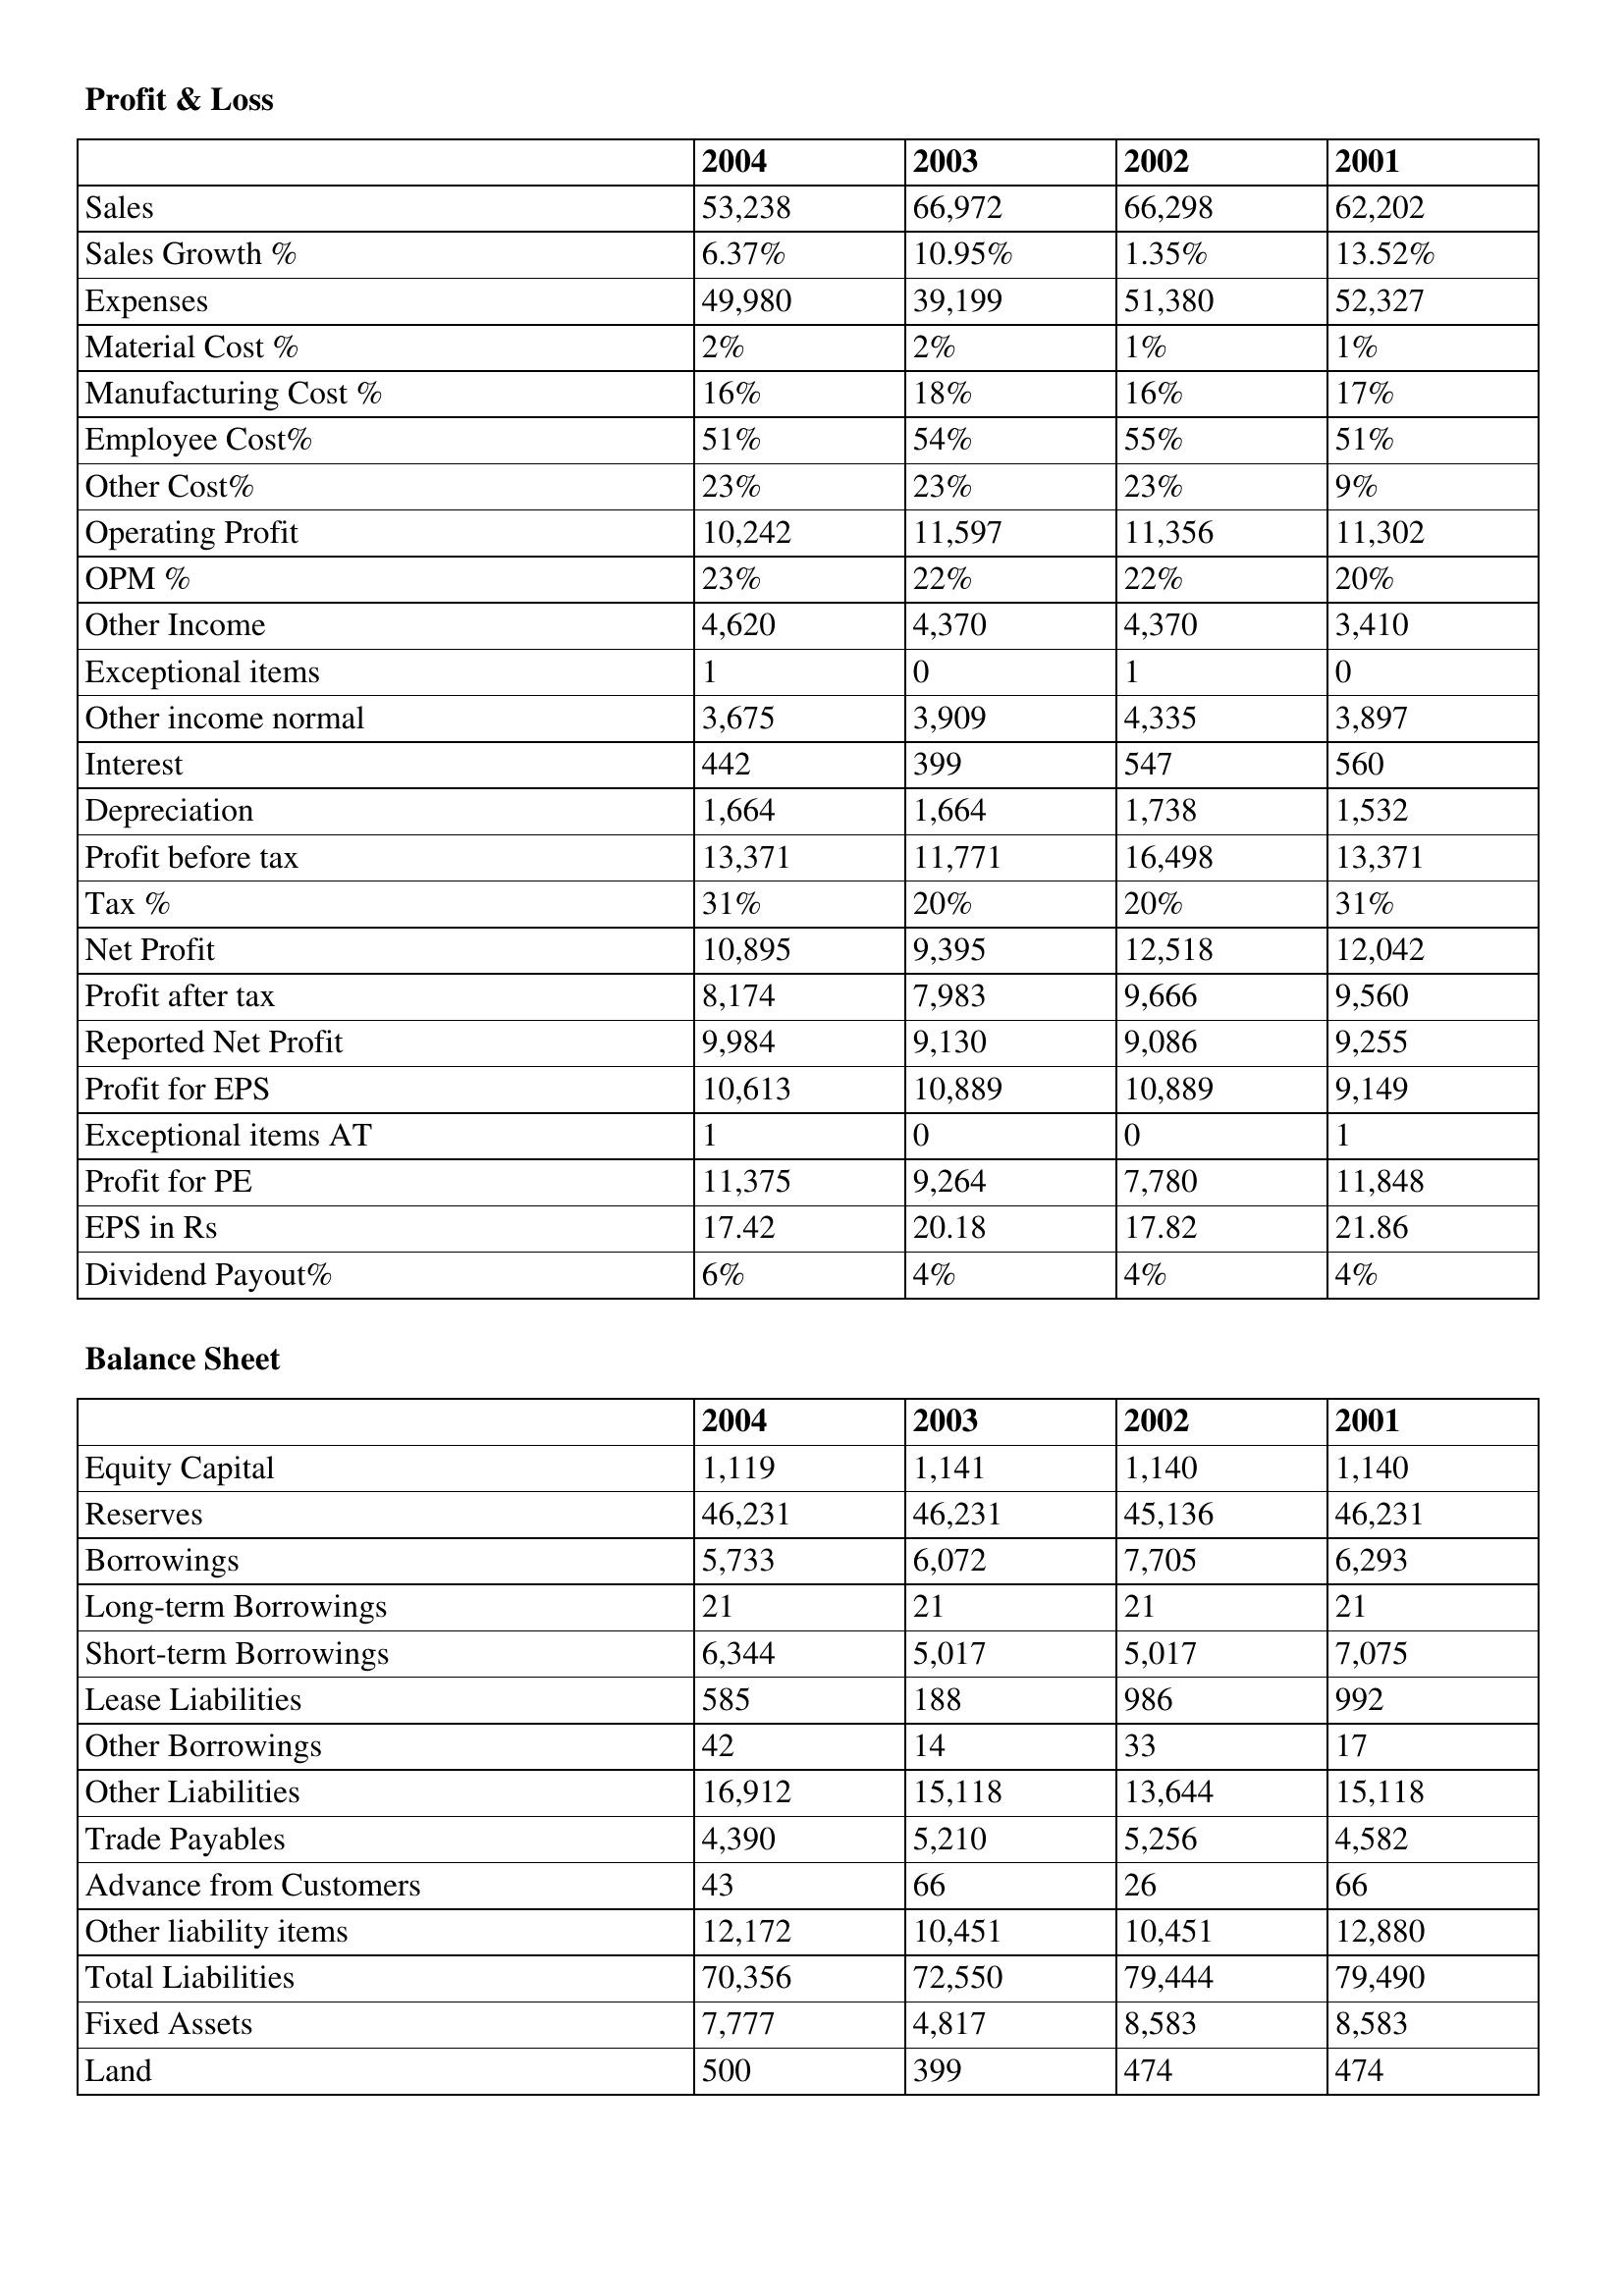
gt_parse: 2004: Profit & Loss: Sales: 53,238
Sales Growth %: 6.37%
Expenses: 49,980
Material Cost %: 2%
Manufacturing Cost %: 16%
Employee Cost%: 51%
Other Cost%: 23%
Operating Profit: 10,242
OPM %: 23%
Other Income: 4,620
Exceptional items: 1
Other income normal: 3,675
Interest: 442
Depreciation: 1,664
Profit before tax: 13,371
Tax %: 31%
Net Profit: 10,895
Profit after tax: 8,174
Reported Net Profit: 9,984
Profit for EPS: 10,613
Exceptional items AT: 1
Profit for PE: 11,375
EPS in Rs: 17.42
Dividend Payout%: 6%
Balance Sheet: Equity Capital: 1,119
Reserves: 46,231
Borrowings: 5,733
Long-term Borrowings: 21
Short-term Borrowings: 6,344
Lease Liabilities: 585
Other Borrowings: 42
Other Liabilities: 16,912
Trade Payables: 4,390
Advance from Customers: 43
Other liability items: 12,172
Total Liabilities: 70,356
Fixed Assets: 7,777
Land: 500
2003: Profit & Loss: Sales: 66,972
Sales Growth %: 10.95%
Expenses: 39,199
Material Cost %: 2%
Manufacturing Cost %: 18%
Employee Cost%: 54%
Other Cost%: 23%
Operating Profit: 11,597
OPM %: 22%
Other Income: 4,370
Exceptional items: 0
Other income normal: 3,909
Interest: 399
Depreciation: 1,664
Profit before tax: 11,771
Tax %: 20%
Net Profit: 9,395
Profit after tax: 7,983
Reported Net Profit: 9,130
Profit for EPS: 10,889
Exceptional items AT: 0
Profit for PE: 9,264
EPS in Rs: 20.18
Dividend Payout%: 4%
Balance Sheet: Equity Capital: 1,141
Reserves: 46,231
Borrowings: 6,072
Long-term Borrowings: 21
Short-term Borrowings: 5,017
Lease Liabilities: 188
Other Borrowings: 14
Other Liabilities: 15,118
Trade Payables: 5,210
Advance from Customers: 66
Other liability items: 10,451
Total Liabilities: 72,550
Fixed Assets: 4,817
Land: 399
2002: Profit & Loss: Sales: 66,298
Sales Growth %: 1.35%
Expenses: 51,380
Material Cost %: 1%
Manufacturing Cost %: 16%
Employee Cost%: 55%
Other Cost%: 23%
Operating Profit: 11,356
OPM %: 22%
Other Income: 4,370
Exceptional items: 1
Other income normal: 4,335
Interest: 547
Depreciation: 1,738
Profit before tax: 16,498
Tax %: 20%
Net Profit: 12,518
Profit after tax: 9,666
Reported Net Profit: 9,086
Profit for EPS: 10,889
Exceptional items AT: 0
Profit for PE: 7,780
EPS in Rs: 17.82
Dividend Payout%: 4%
Balance Sheet: Equity Capital: 1,140
Reserves: 45,136
Borrowings: 7,705
Long-term Borrowings: 21
Short-term Borrowings: 5,017
Lease Liabilities: 986
Other Borrowings: 33
Other Liabilities: 13,644
Trade Payables: 5,256
Advance from Customers: 26
Other liability items: 10,451
Total Liabilities: 79,444
Fixed Assets: 8,583
Land: 474
2001: Profit & Loss: Sales: 62,202
Sales Growth %: 13.52%
Expenses: 52,327
Material Cost %: 1%
Manufacturing Cost %: 17%
Employee Cost%: 51%
Other Cost%: 9%
Operating Profit: 11,302
OPM %: 20%
Other Income: 3,410
Exceptional items: 0
Other income normal: 3,897
Interest: 560
Depreciation: 1,532
Profit before tax: 13,371
Tax %: 31%
Net Profit: 12,042
Profit after tax: 9,560
Reported Net Profit: 9,255
Profit for EPS: 9,149
Exceptional items AT: 1
Profit for PE: 11,848
EPS in Rs: 21.86
Dividend Payout%: 4%
Balance Sheet: Equity Capital: 1,140
Reserves: 46,231
Borrowings: 6,293
Long-term Borrowings: 21
Short-term Borrowings: 7,075
Lease Liabilities: 992
Other Borrowings: 17
Other Liabilities: 15,118
Trade Payables: 4,582
Advance from Customers: 66
Other liability items: 12,880
Total Liabilities: 79,490
Fixed Assets: 8,583
Land: 474